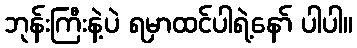
ဘုန်းကြီးနဲ့ပဲ ရမှာထင်ပါရဲ့နော် ပါပါ။